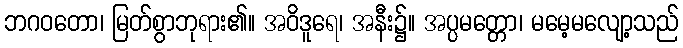
ဘဂဝတော၊ မြတ်စွာဘုရား၏။ အဝိဒူရေ၊ အနီး၌။ အပ္ပမတ္တော၊ မမေ့မလျော့သည်